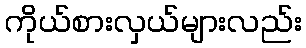
ကိုယ်စားလှယ်များလည်း